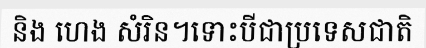
និង ហេង សំរិន។ទោះបីជាប្រទេសជាតិ